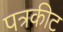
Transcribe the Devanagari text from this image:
पत्रकीट